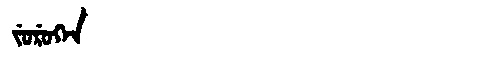
Manchu: ᠵᡠᡵᡠᡴᡝᠨ
Romanization: JURUKEN